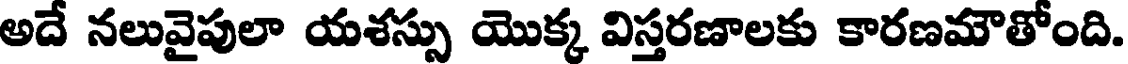
అదే నలువైపులా యశస్సు యొక్క విస్తరణాలకు కారణమౌతోంది.